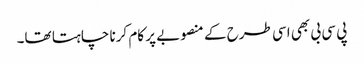
پی سی بی بھی اسی طرح کے منصوبے پر کام کرنا چاہتا تھا۔